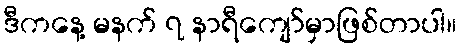
ဒီကနေ့ မနက် ၇ နာရီကျော်မှာဖြစ်တာပါ။